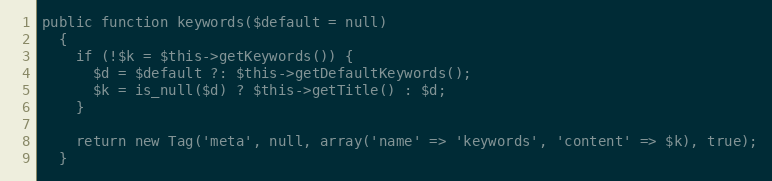
Language: PHP
public function keywords($default = null)
  {
    if (!$k = $this->getKeywords()) {
      $d = $default ?: $this->getDefaultKeywords();
      $k = is_null($d) ? $this->getTitle() : $d;
    }

    return new Tag('meta', null, array('name' => 'keywords', 'content' => $k), true);
  }